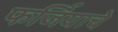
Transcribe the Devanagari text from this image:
फर्जियाचे